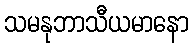
သမနုဘာသီယမာနော